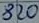
Text: 820